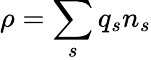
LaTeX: \rho=\sum_{s}q_{s}n_{s}